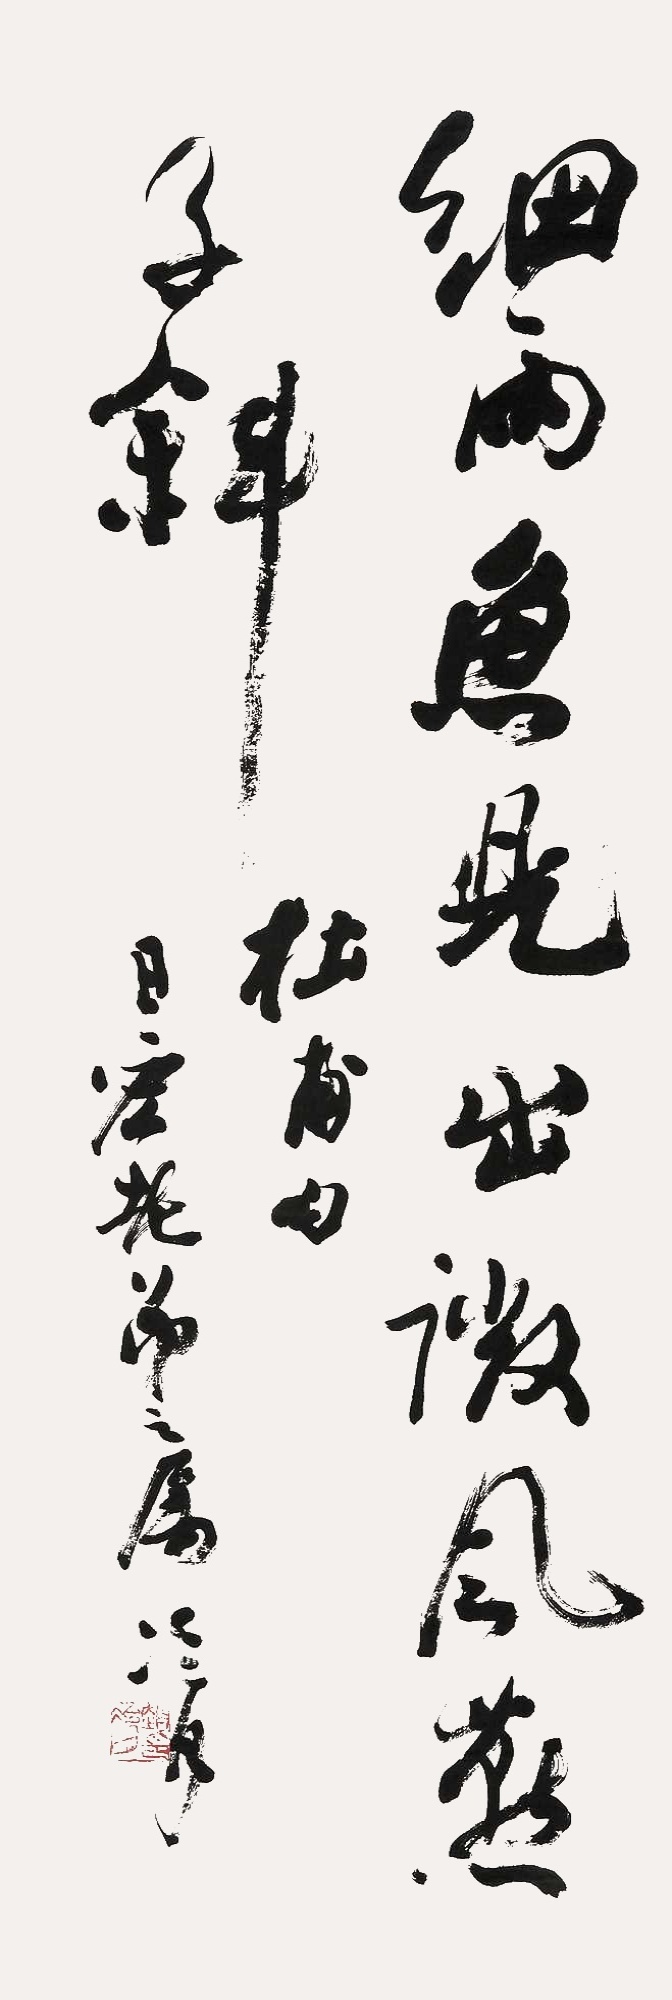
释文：细雨鱼儿出，微风燕子斜。杜甫句，日空老弟之属冷月。